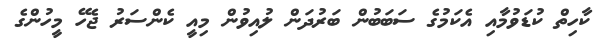
ކާހިތް ކުޑަވުމާއި އެކަމުގެ ސަބަބުން ބަރުދަން ލުއިވުން މިއީ ކެންސަރު ޖެހޭ މީހުންގެ